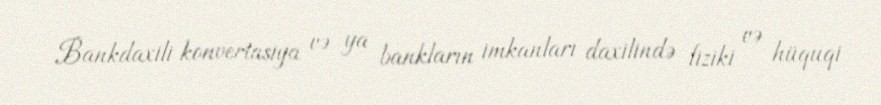
Bankdaxili konvertasiya və ya bankların imkanları daxilində fiziki və hüquqi